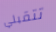
تتقبلي